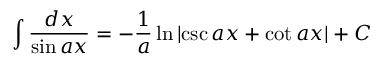
\int { \frac { d x } { \sin a x } } = - { \frac { 1 } { a } } \ln { \left| \csc { a x } + \cot { a x } \right| } + C